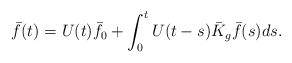
LaTeX: \begin{align*}\bar{f}(t) = U(t)\bar{f}_{0} + \int_{0}^{t} U(t-s) \bar K_{g} \bar{f}(s) ds.\end{align*}